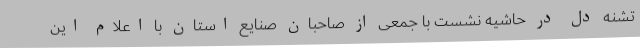
تشنه دل در حاشیه نشست با جمعی از صاحبان صنایع استان با اعلام این